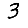
Digit: 3